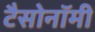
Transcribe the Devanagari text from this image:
टैसोनॉमी